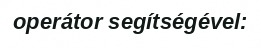
operátor segítségével: